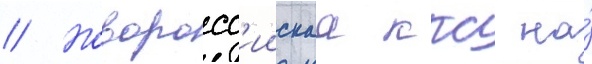
// Новоросс'иискаа ккс на́